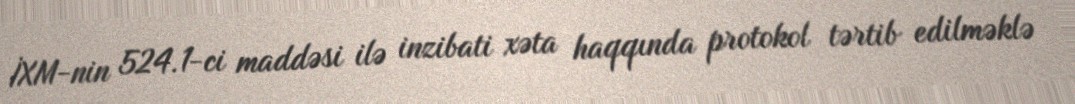
İXM-nin 524.1-ci maddəsi ilə inzibati xəta haqqında protokol tərtib edilməklə